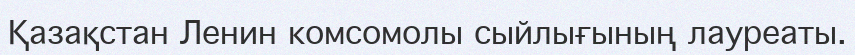
Қазақстан Ленин комсомолы сыйлығының лауреаты.